Bréfritari: Ásgeir Tryggvi Friðgeirsson
Viðtakandi: Einar Friðgeirsson
Dagsetning: A-1880-05-09
Skrifað á: Garði  S-Þing.
Ásgeir er bróðir Einars

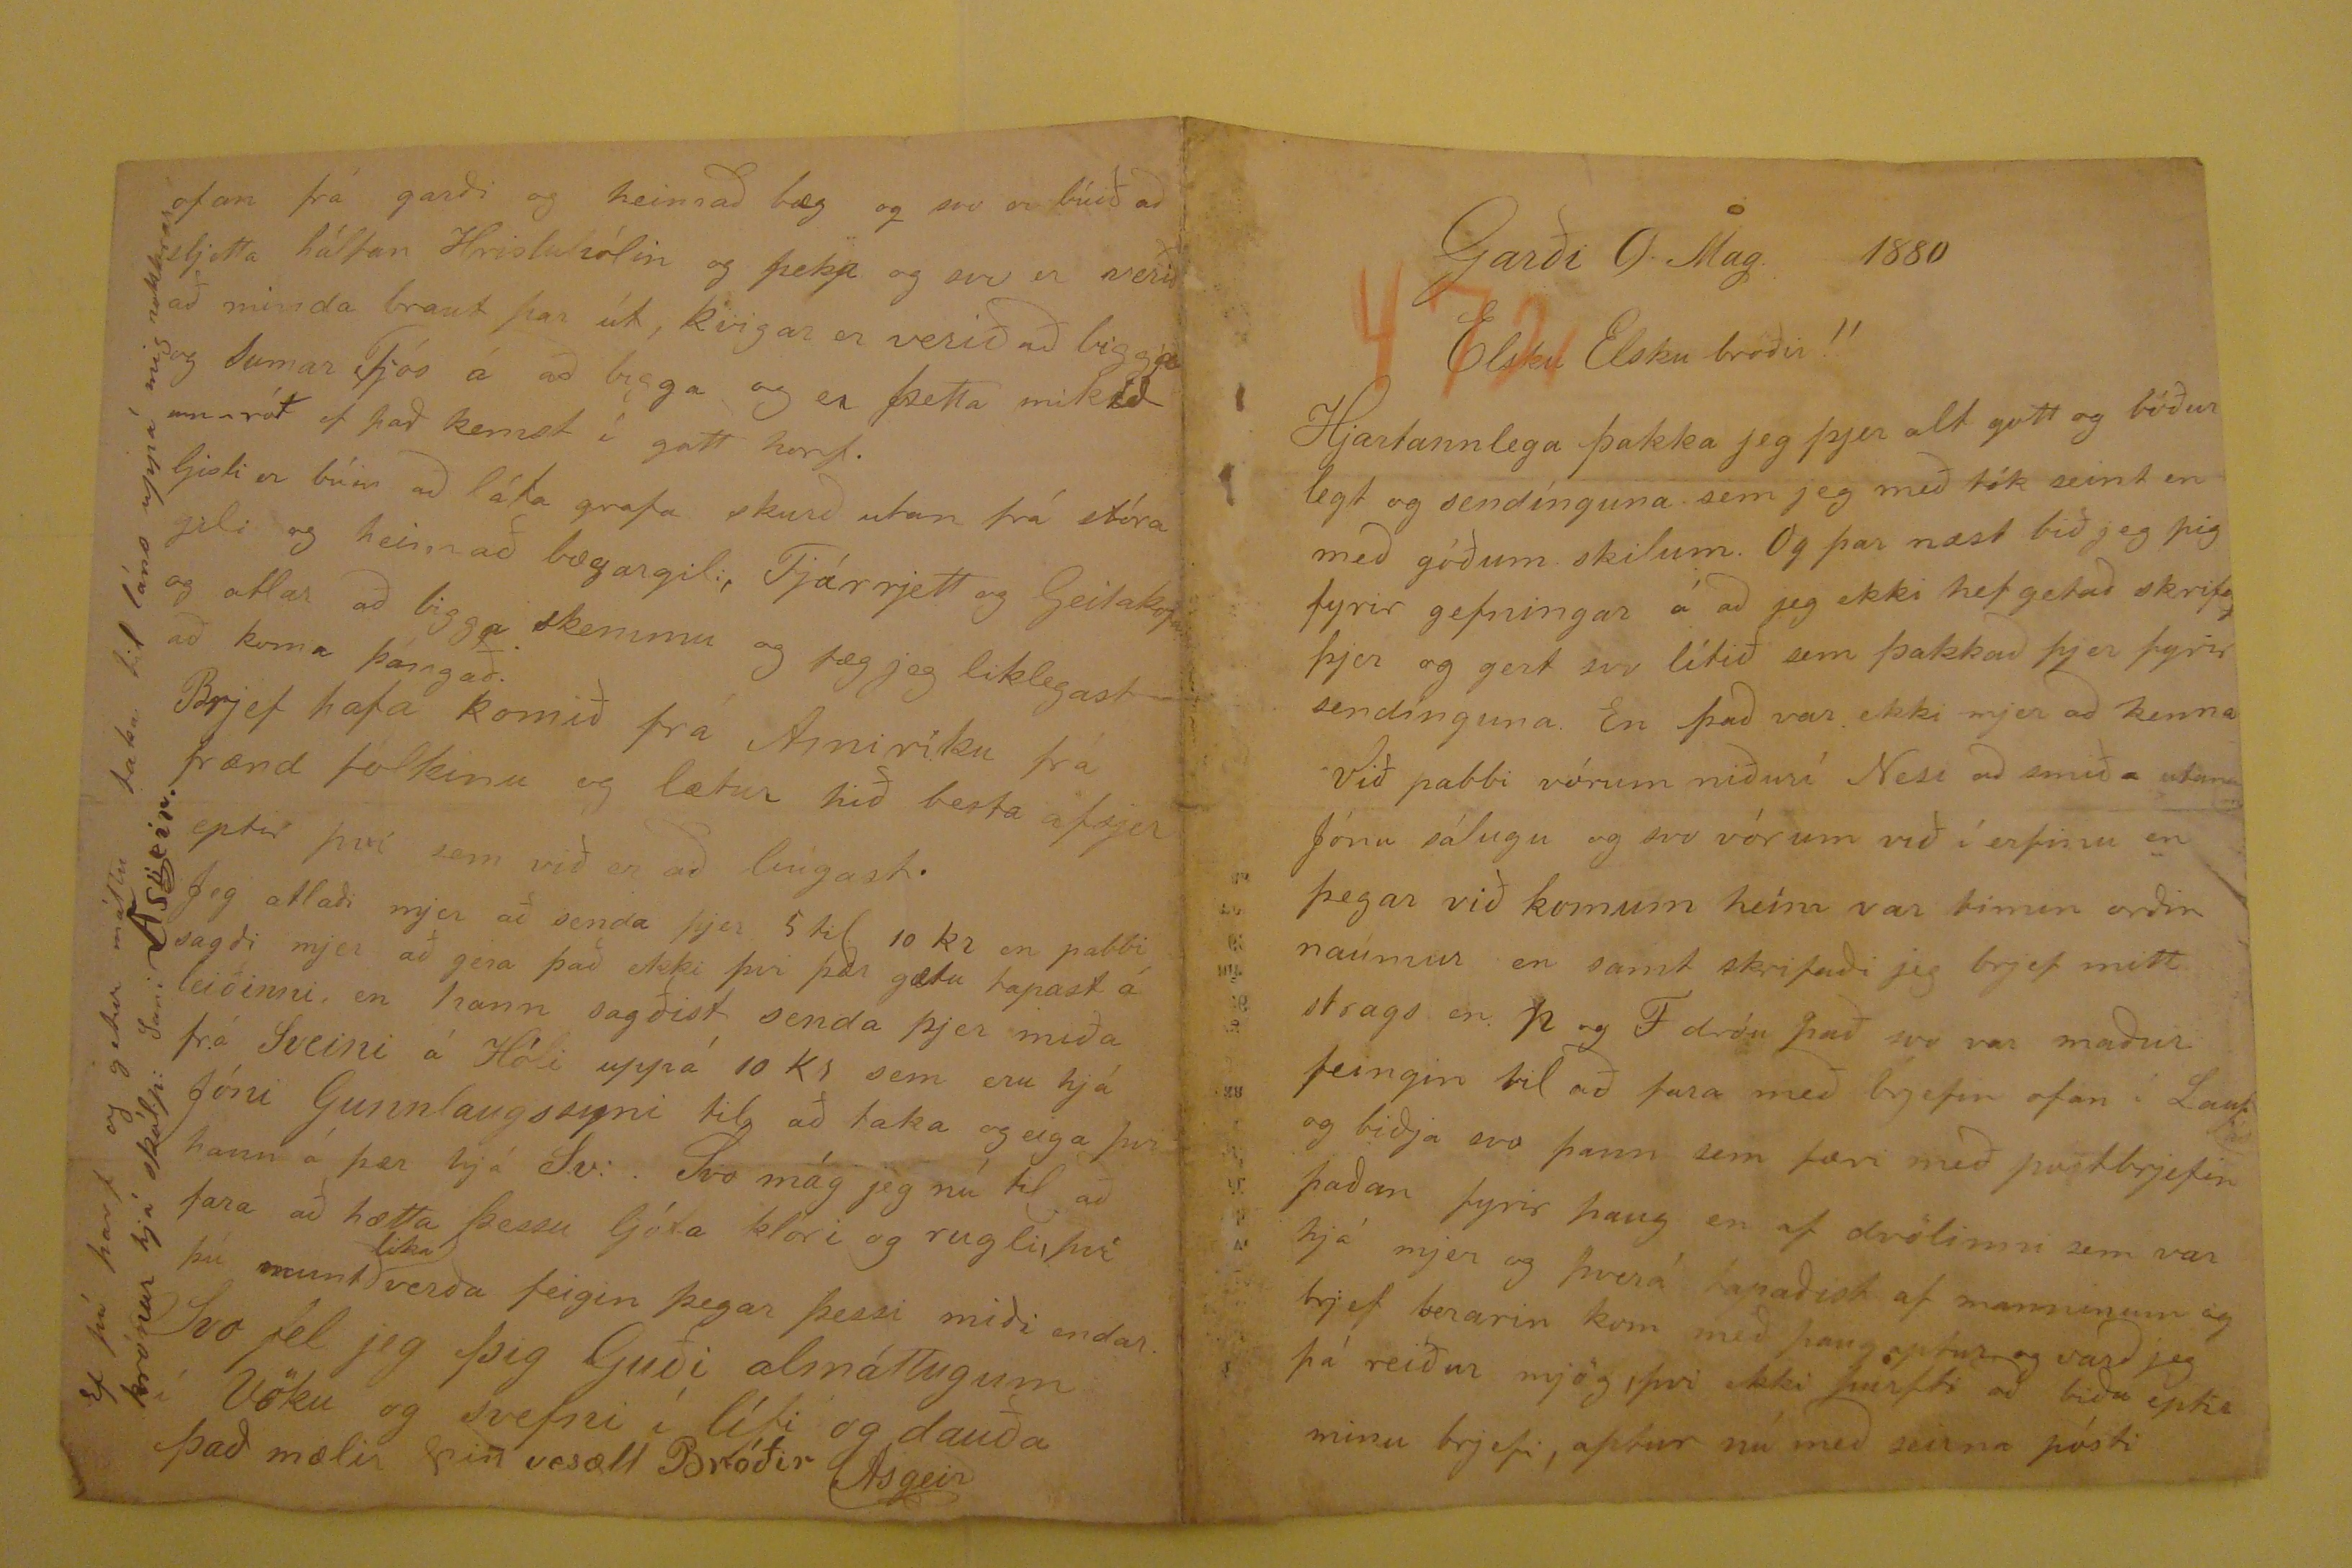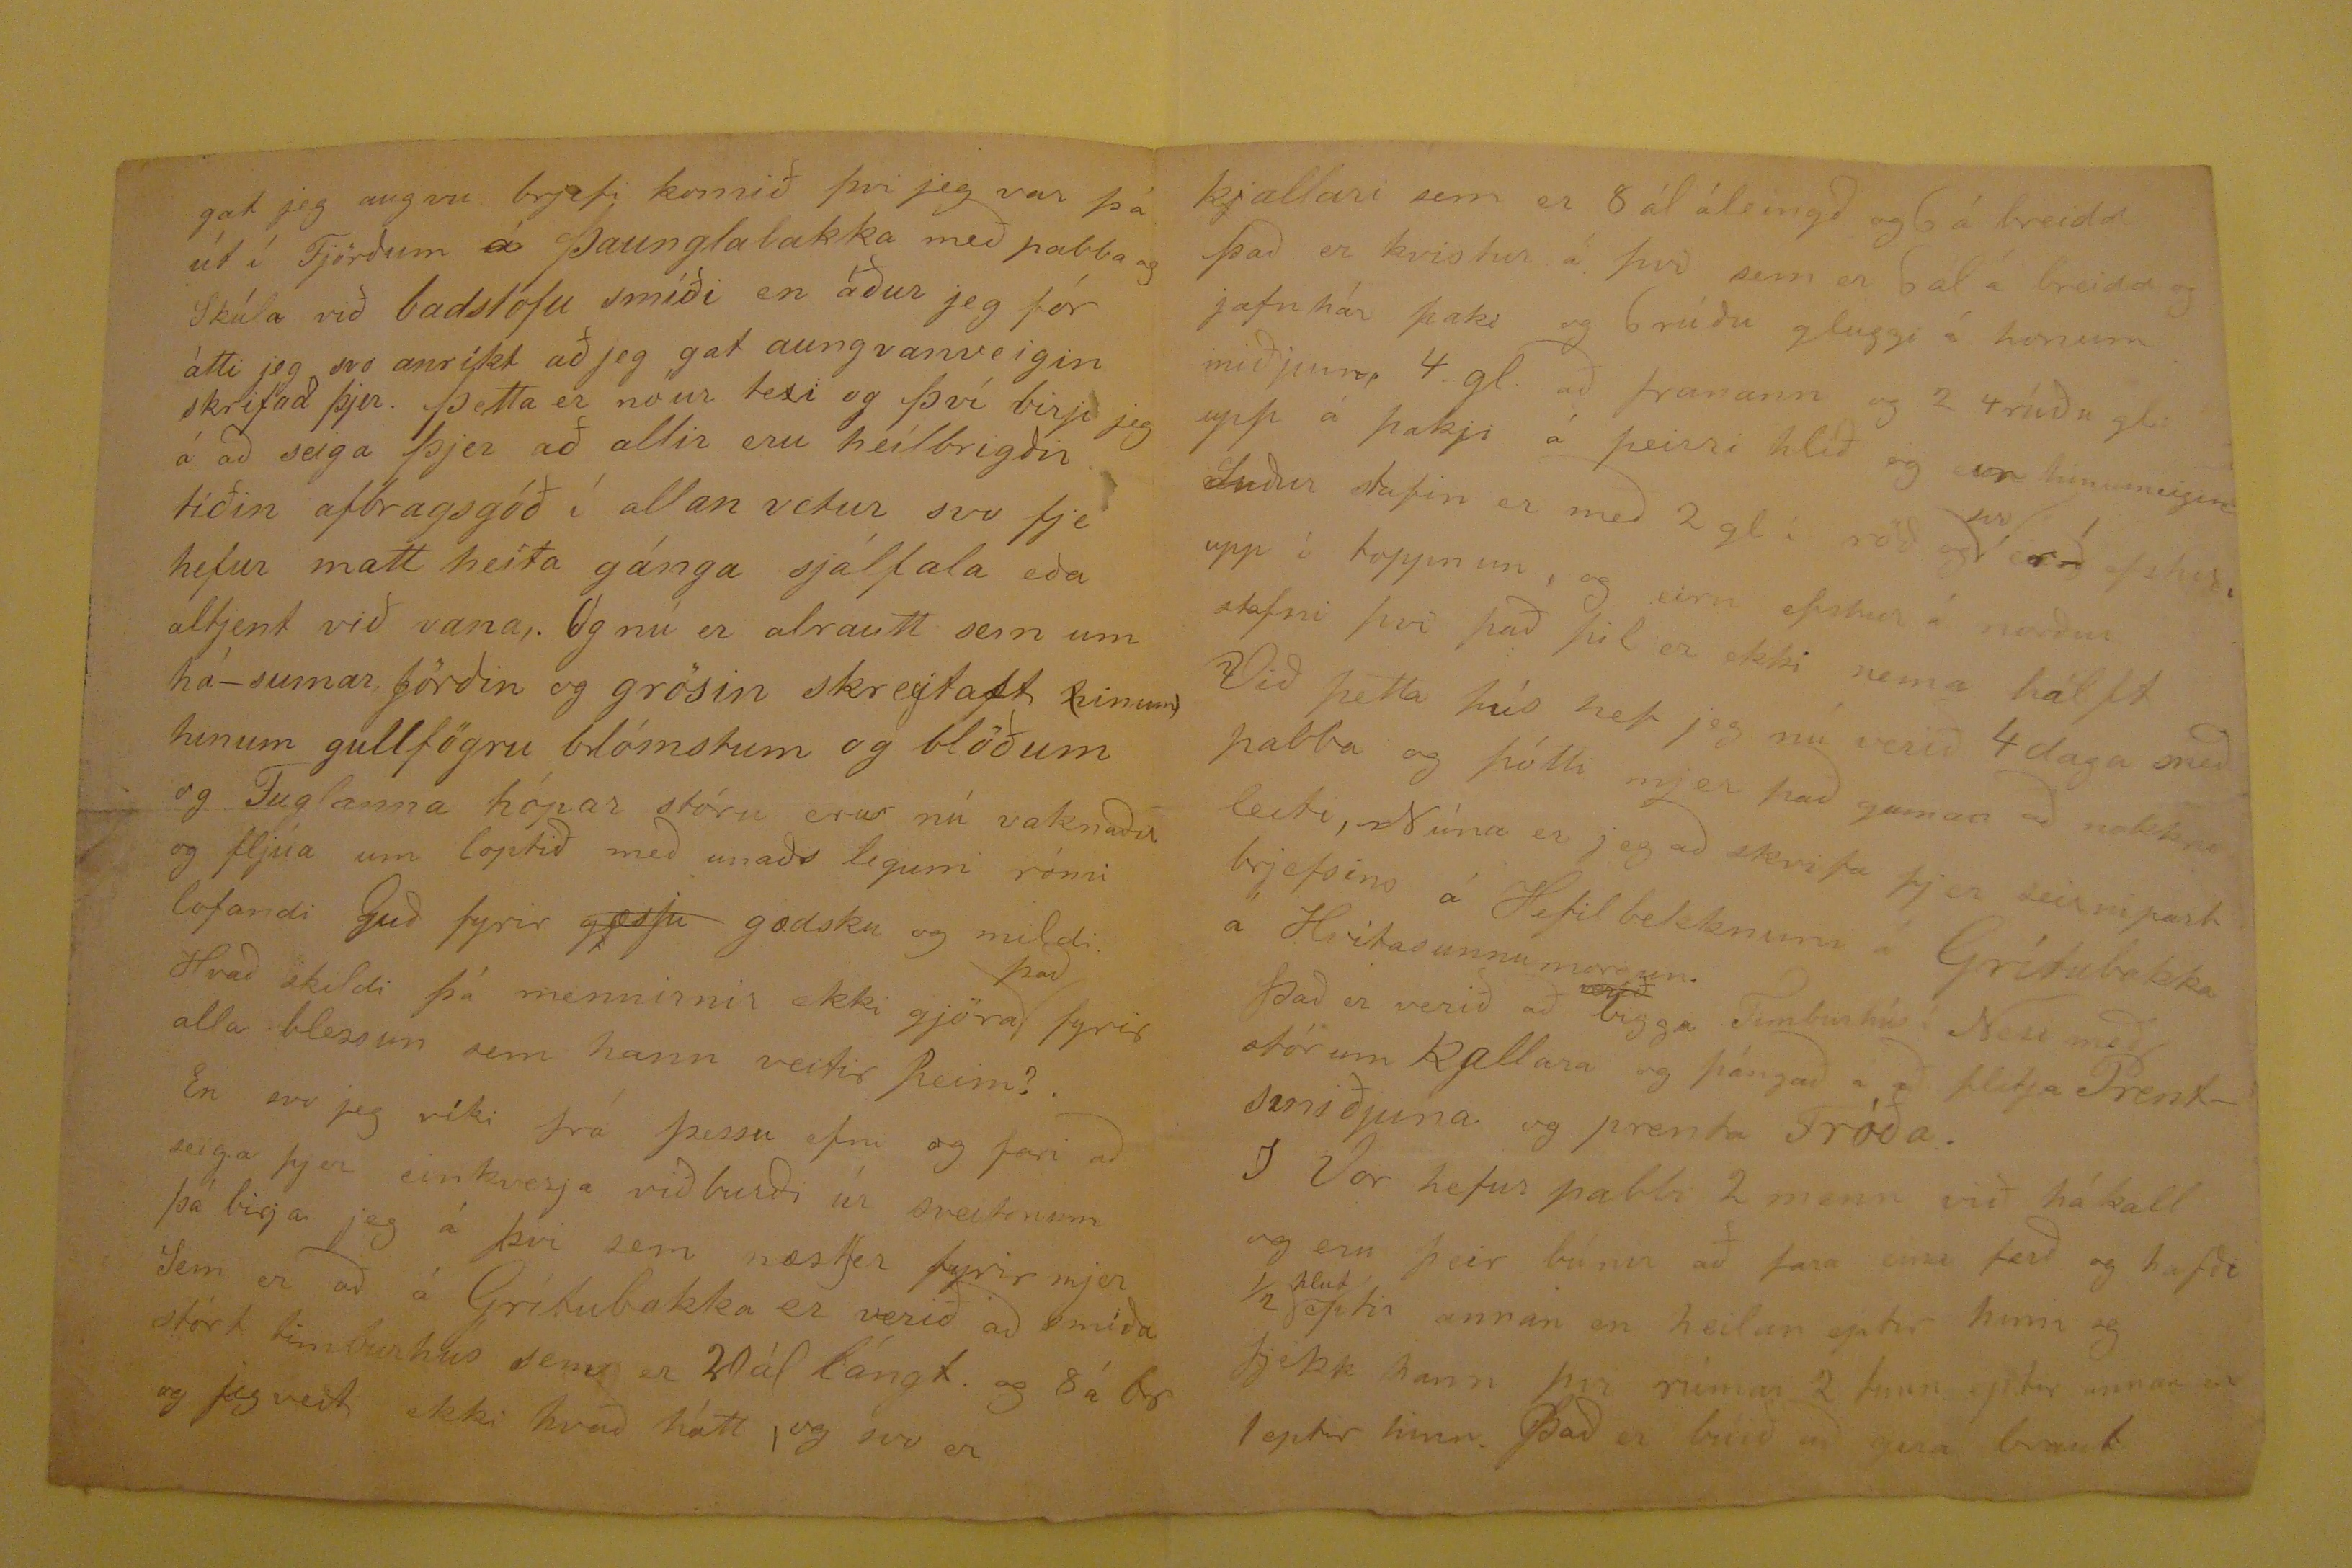

Garði 9. Mag. 1880
Elsku Elsku bróðir!!
Hjartannlega þakka jeg þjer alt gott og bóðurlegt og sendínguna sem jeg með tók seint en með góðum skilum. Og þar næst bið jeg þig fyrir gefningar á að jeg ekki
hef getað skrif
að
þjer og sent svo lítið sem þakkað þjer fyrir sendínguna. En það var ekki mjer að kenna Við pabbi vórum niðurí Nesi að smiða
utanu
m
Jónu sálugu og svo vórum við í erfinu en þegar við komum heim var timin orðin naumur en samt skrifaði jeg
brjef mitt strags en Þ og F dróu það svo var maður feingin til að fara með brjefin ofan í Lauf
ás
og biðja svo þann sem
færi með postbrjefin þaðan fyrir þaug en af dvölinni sem var hjá mjer og þverá tapaðist af manninum og brjef berarin kom með þaug aptur, og varð jeg þá reiður mjög
þvi ekki þurfti að biða eptir minu brjefi, aptur nú með seirna pósti
gat jeg augvu brjefi komið þvi jeg var þá út í Fjörðum á Þaunglabakka með pabba og Skúla við badsofu smíði en áður jeg fór átti jeg svo anríkt að jeg gat
aungvanveigin skrifað þjer. Þetta er nóur texi og því birji jeg á að seiga þjer að allir eru heilbrigðir tiðin afbragðsgóð í allan vetur svo fje hefur matt heita gánga sjálfala
eða altjent við vana,. Og nú er alrautt sem um há-sumar, Jörðin og grösin skreytast (hinum) hinum gullfögru blómstum og blöðum og Fuglanna hópar stóru eru nú
vaknaðir og fljúa um loptið með unaðs legum rómi lofandi Guð fyrir
gæsfu
gædsku og mildi. Hvað skildi þá mennirnir
ekki gjöra
það
fyrir alla blessun sem hann veitir þeim? . En svo jeg víki frá þessu efni og fari að seiga þjer einkverja
viðburði úr sveitonum Sem er að á Grítubakka er verið að smíða stórt timburhús sem er 21 ál lángt. og 8 á br og jeg veit ekki hvað hátt, og svo er
kjallari sem er 8 ál á leingð og 6 á breidd það er kvistur á þvi sem er 6 ál á breidd og jafnhár þaki og 6 rúðu gluggi á honum miðjum 4 gl. að framann og 2 4 rúðu
gl. upp á þakji á þeirri hlið og
svo
hinumeigin Suður stafin er með 2 gl í röð og
svo
eru
1
efstur stafni þvi það þil er ekki nema hálft Við þetta hús hef jeg nú verið 4 daga með pabba og þótti mjer það gaman
að nokkru leiti, Núna er jeg að skrifa þjer seirni part brjefsins á Hefilbekknum á Grítubakka á Hvítasunnumorgun. Það er verið að
verið
bigga Timburhús í Besi með stórum Kjallara og þángað á að flitja Prentsmiðjuna og prenta Fróða. I
Vor hefur pabbi 2 menn við hákall og eru þeir búnir að fara eina ferð og hafði 1/2
hlut
eptir annan en heilan eptir
hinn og fjekk hann þvi rúman 2 tunn eptir annan en 1 eptir hinn. Það er búið að gera braut
ofan frá garði og heimað bæg og svo er búið að sljetta hálfan hrisluhólin og þekja og svo er verið að minda braut þar út, kvigar er verið að biggja og Sumar fjós
á að bigga og er þetta mik
lu
umrót ef það kemst í gott horf. Gisli er búin að láta grafa skurð utan frá stóra gili og heim að bægargili, Fjárrjett
og Geitakofa og atlar að bigga skemmu og fæg jeg liklegast að koma þángað. Brjef hafa komið frá Amiríku frá frænd fólkinu og lætur hið besta afsjer eptir þvi sem við
er að búgast. Jeg atlaði mjer að senda þjer 5 til 10 kr en pabbi sagði mjer að gera það ekki þvi þær gætu tapast á leiðinni, en hann sagðist senda þjer miða frá Sveini
á Hóli uppá 10 kr sem eru hjá Jóni Gunnlaugssyni til að taka og eiga þvi hann á þær hjá S.v: . Svo mág jeg nú til að fara að hætta þessu ljóta klóri og rugli, því þú
munt
lika
verða feigin þegar þessi miði endar. Svo fel jeg þig Guði almáttugum í Vöku og svefni í lífi og dauða
það mælir þin vesæll Bróðir Asgeir
Ef þú þart og getur máttu taka til láns uppá mig nokkrar krónur hjá skál.p: Sani Asgeir.